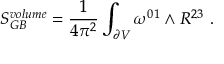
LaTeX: S _ { G B } ^ { v o l u m e } = { \frac { 1 } { 4 \pi ^ { 2 } } } \int _ { \partial V } \omega ^ { 0 1 } \wedge R ^ { 2 3 } \ .